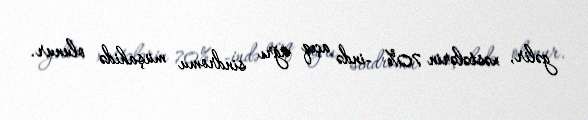
gəlir, xəstələrin 70% -ində açıq ağrı sindromu müşahidə olunur.